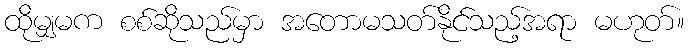
ထိုမျှမက စစ်ဆိုသည်မှာ အတောမသတ်နိုင်သည့်အရာ မဟုတ်။